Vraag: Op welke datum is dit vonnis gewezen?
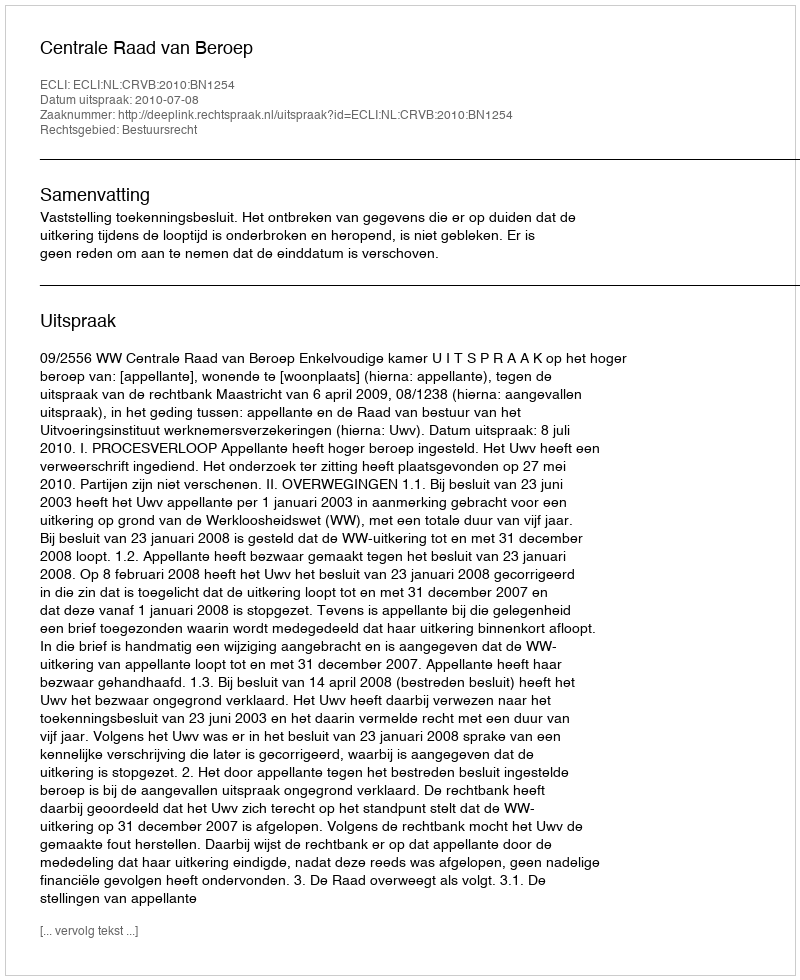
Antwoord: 2010-07-08